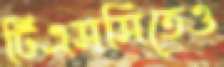
টিএসসিতেও